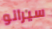
سيرانو